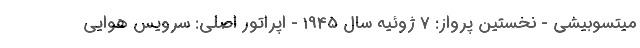
میتسوبیشی - نخستین پرواز: 7 ژوئیه سال 1945 - اپراتور اصلی: سرویس هوایی